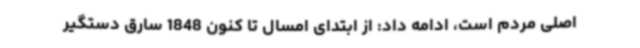
اصلی مردم است، ادامه داد: از ابتدای امسال تا کنون 1848 سارق دستگیر